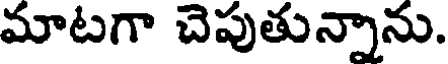
మాటగా చెపుతున్నాను.